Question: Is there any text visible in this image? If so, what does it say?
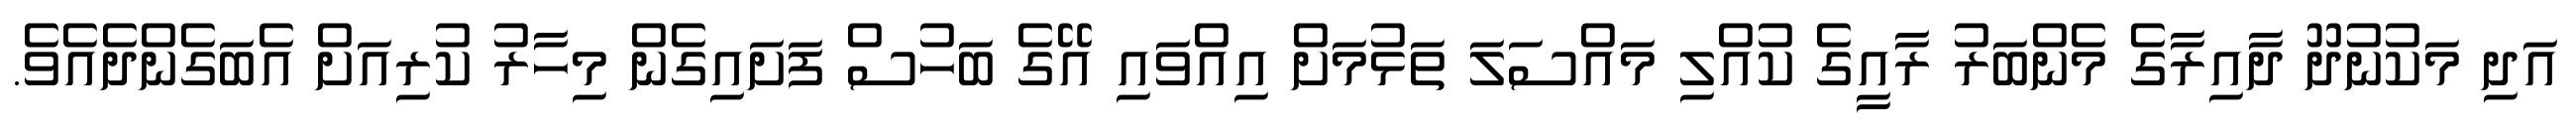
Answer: އަދި މަކުނުދޫ ދާއިރާގެ މެންބަރު ރާއީގެ ކުއްލި މައްސަލަ ތަޅުމަށް އިއްވައި އޭގެ ބަހުސް ފަށައިގެން މިހާރު ކުރިއަށް އެބަގެންދެއެވެ.